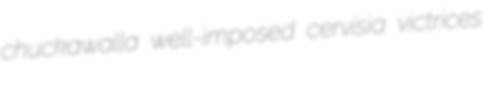
chuckawalla well-imposed cervisia victrices